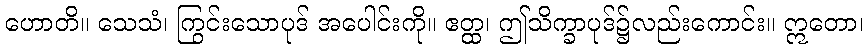
ဟောတိ။ သေသံ၊ ကြွင်းသောပုဒ် အပေါင်းကို။ ဧတ္ထ၊ ဤသိက္ခာပုဒ်၌လည်းကောင်း။ ဣတော၊